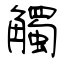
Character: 觸